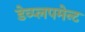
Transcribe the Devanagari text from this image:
डेव्प्लपमेन्ट